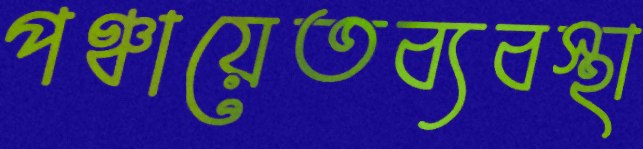
পঞ্চায়েতব্যবস্থা